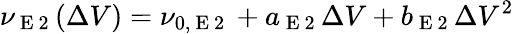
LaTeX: \nu_{\mathrm{~E~2~}}(\Delta V)=\nu_{0,\mathrm{~E~2~}}+a_{\mathrm{~E~2~}}\Delta V+b_{\mathrm{~E~2~}}\Delta V^{2}